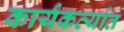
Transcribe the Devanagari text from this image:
कार्यकर्त्‍यात